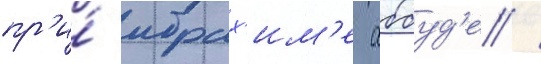
пр'и́ ибрах'им'е аббуд'е /